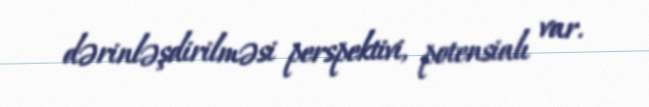
dərinləşdirilməsi perspektivi, potensialı var.